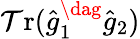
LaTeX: \operatorname{\mathcal{T}r}(\hat{{g}}_{1}^{\dag}\hat{{g}}_{2})